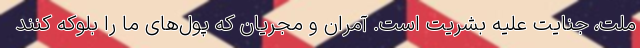
ملت، جنایت علیه بشریت است. آمران و مجریان که پول‌های ما را بلوکه کنند